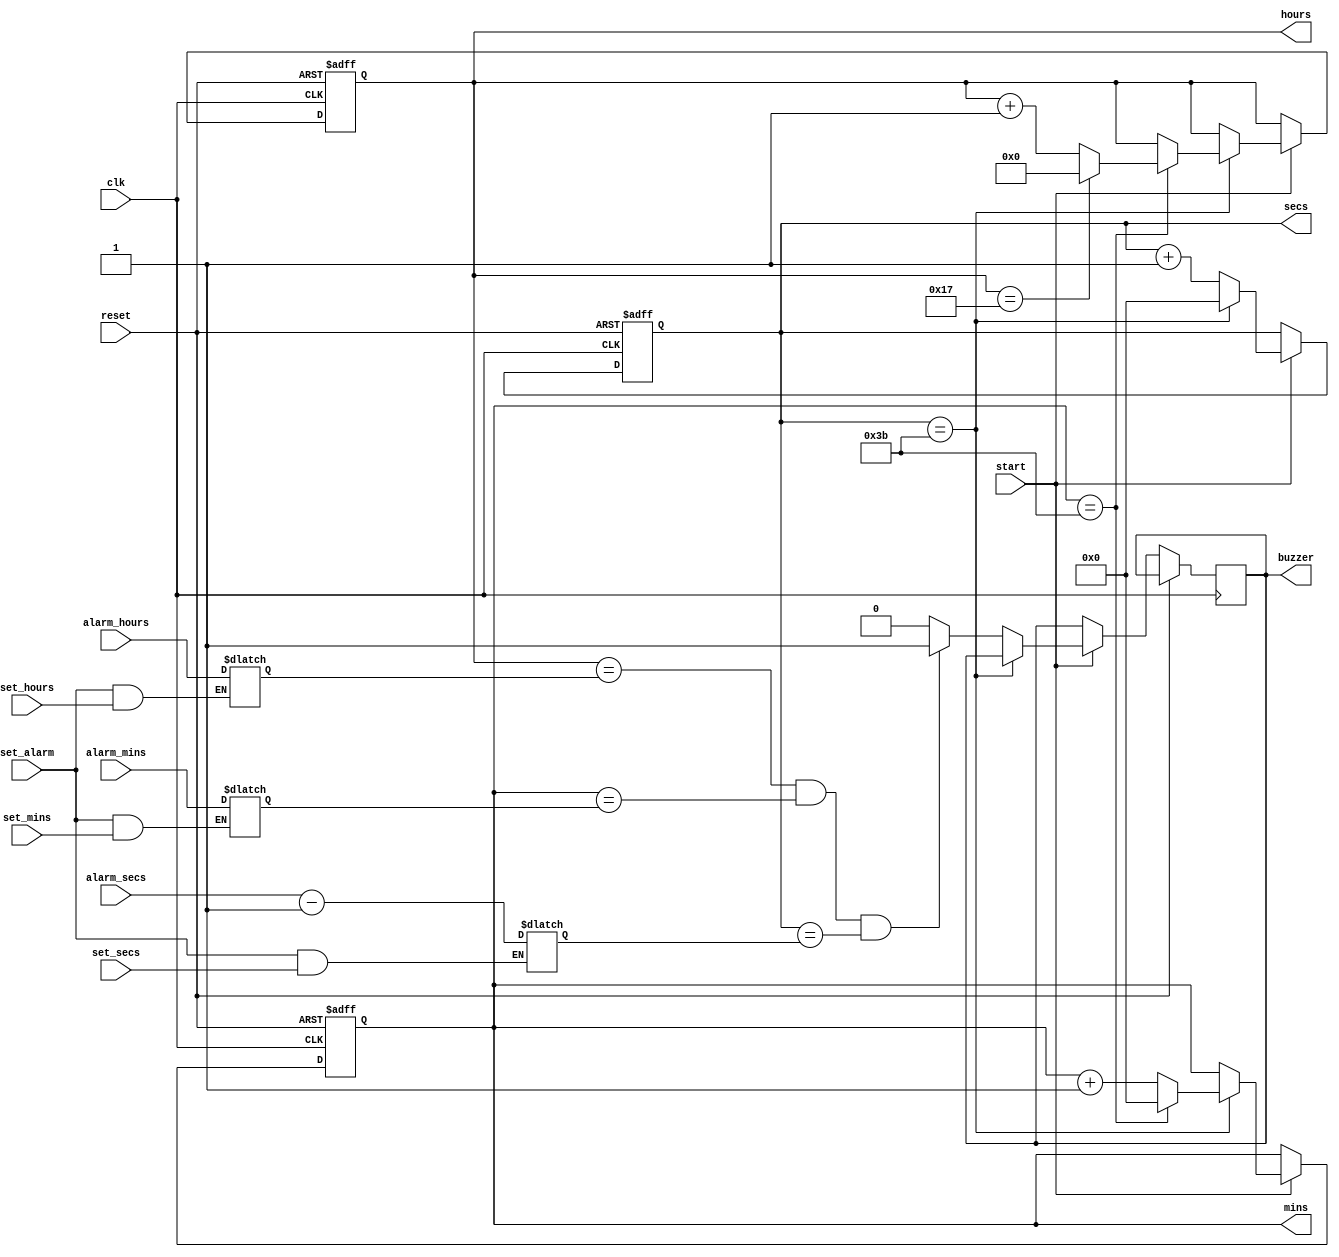
module clock(
    input  clk,     // Clock input
    input  reset,   // Reset input
    input set_alarm,
    input  [4:0] alarm_hours,   // Input for setting the alarm hours
    input  [5:0] alarm_mins,    // Input for setting the alarm minutes
    input  [5:0] alarm_secs,
    input start,   
    input  set_hours,       // Input to indicate loading hours
    input  set_mins,        // Input to indicate loading minutes
    input  set_secs,   
    output reg buzzer,
    output reg [4:0] hours,   // Output for hours (5 bits)
    output reg [5:0] mins,    // Output for minutes (6 bits)
    output reg [5:0] secs     // Output for seconds (6 bits)
);

// Internal registers to hold the current time
reg [4:0] alarm_hours_reg;
reg [5:0] alarm_mins_reg;
reg [5:0] alarm_secs_reg;

always @(*) begin
    alarm_hours_reg = set_alarm && set_hours? alarm_hours : alarm_hours_reg;
    alarm_mins_reg = set_alarm && set_mins? alarm_mins : alarm_mins_reg;
    alarm_secs_reg = set_alarm && set_secs? (alarm_secs-2'b01) : alarm_secs_reg;
end


// Counter for seconds
always @(posedge clk or posedge reset) begin
    if (reset) begin
        secs <= 6'b000000; 
        mins<=6'b000000;
        hours<=5'b00000; 
  // Reset seconds to 0
    end 
    else if(start)
    begin
        if (secs == 6'b111011) 
        begin
            secs<= 6'b000000;   // Reset seconds to 0 when it reaches 59
            // Increment minutes when seconds reach 59
            if (mins== 6'b111011) 
            begin
                mins <= 6'b000000;   // Reset minutes to 0 when it reaches 59
                // Increment hours when minutes reach 59
                if (hours== 5'b10111) 
                begin
                    hours<= 5'b000000; 
                    
                end 
                else 
                begin
                    hours<= hours+ 1; // Increment hours
                end
            end 
            else 
            begin
                mins<= mins+ 1; // Increment minutes
            end
        end 
        else 
        begin
        if (hours == alarm_hours_reg && mins == alarm_mins_reg && secs == alarm_secs_reg) begin
            buzzer<=1;
            secs<= secs + 1; // Increment seconds
            end
        else begin
        buzzer<=0;
        secs<=secs +1;
        end
        
        
        
        
        end
    end
end

// Assign current time values to outputs
//always @* begin
//    hours = hours_reg;
//    mins = mins_reg;
//    secs = secs_reg;
//end
//always @(posedge clk) begin
//    if (hours == alarm_hours_reg && mins == alarm_mins_reg && secs == alarm_secs_reg) begin
//        buzzer <= 1; // Activate the buzzer
//    end else begin
//        buzzer <= 0; // Deactivate the buzzer
//    end
//end
endmodule